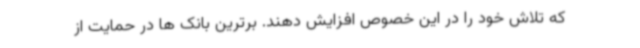
که تلاش خود را در این خصوص افزایش دهند. برترین بانک ها در حمایت از